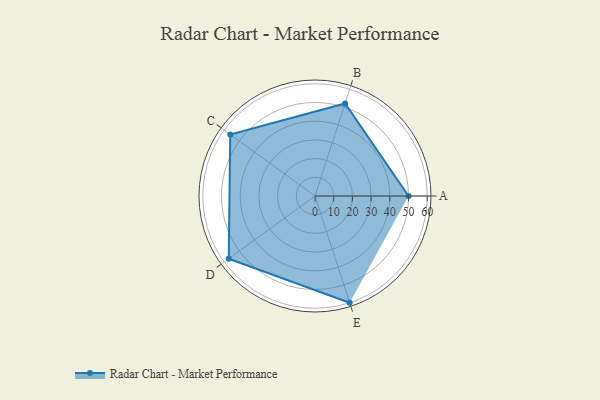
{"axis": {"x": "Skill", "y": "Score"}, "legend": ["Profile"], "data": [{"x": "A", "y": 50.0, "type": "Profile"}, {"x": "B", "y": 52.0, "type": "Profile"}, {"x": "C", "y": 56.0, "type": "Profile"}, {"x": "D", "y": 57.0, "type": "Profile"}, {"x": "E", "y": 60.0, "type": "Profile"}]}